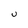
Character: U